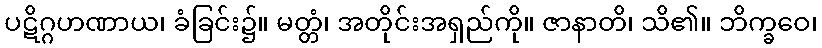
ပဋိဂ္ဂဟဏာယ၊ ခံခြင်း၌။ မတ္တံ၊ အတိုင်းအရှည်ကို။ ဇာနာတိ၊ သိ၏။ ဘိက္ခဝေ၊